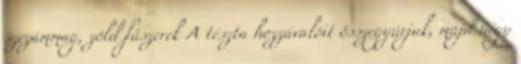
szezámmag, zöld fűszerek A tészta hozzávalóit összegyúrjuk, majd négy